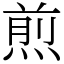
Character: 煎